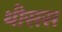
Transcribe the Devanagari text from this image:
थीसस